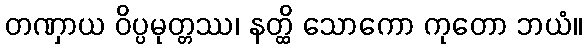
တဏှာယ ဝိပ္ပမုတ္တဿ၊ နတ္ထိ သောကော ကုတော ဘယံ။